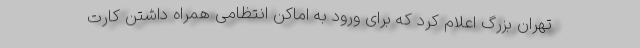
تهران بزرگ اعلام کرد که برای ورود به اماکن انتظامی همراه داشتن کارت